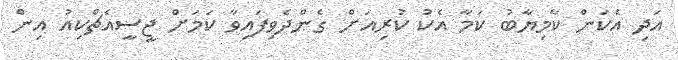
އަދި އެކަން ކާމިޔާބު ކަމާ އެކު ކުރިއަށް ގެންދެވިފައިވާ ކަމަށް ޖީސީއެޗްކިއު އިން